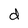
Character: d